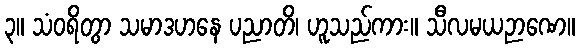
၃။ သံဝရိတွာ သမာဒဟနေ ပညာတိ၊ ဟူသည်ကား။ သီလမယဉာဏေ။